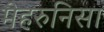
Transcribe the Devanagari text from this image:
मेहरुनिसा